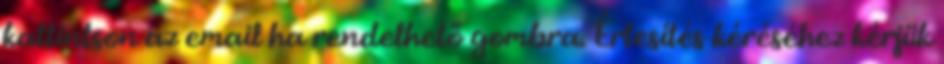
kattintson az email ha rendelhető gombra. Értesítés kéréséhez kérjük